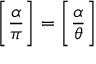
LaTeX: { \Bigg [ } { \frac { \alpha } { \pi } } { \Bigg ] } = { \Bigg [ } { \frac { \alpha } { \theta } } { \Bigg ] }